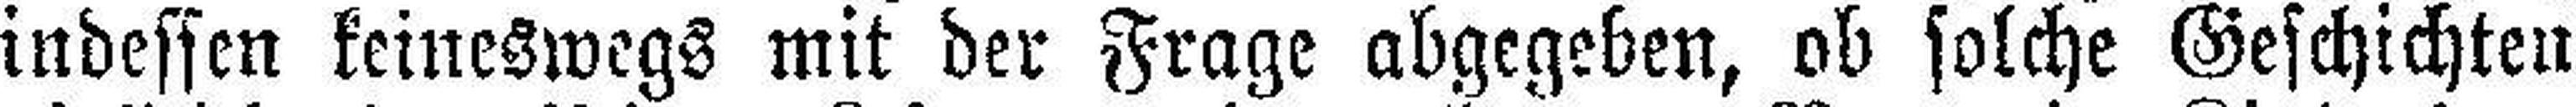
indessen keineswegs mit der Frage abgegeben, ob solche Geschichten